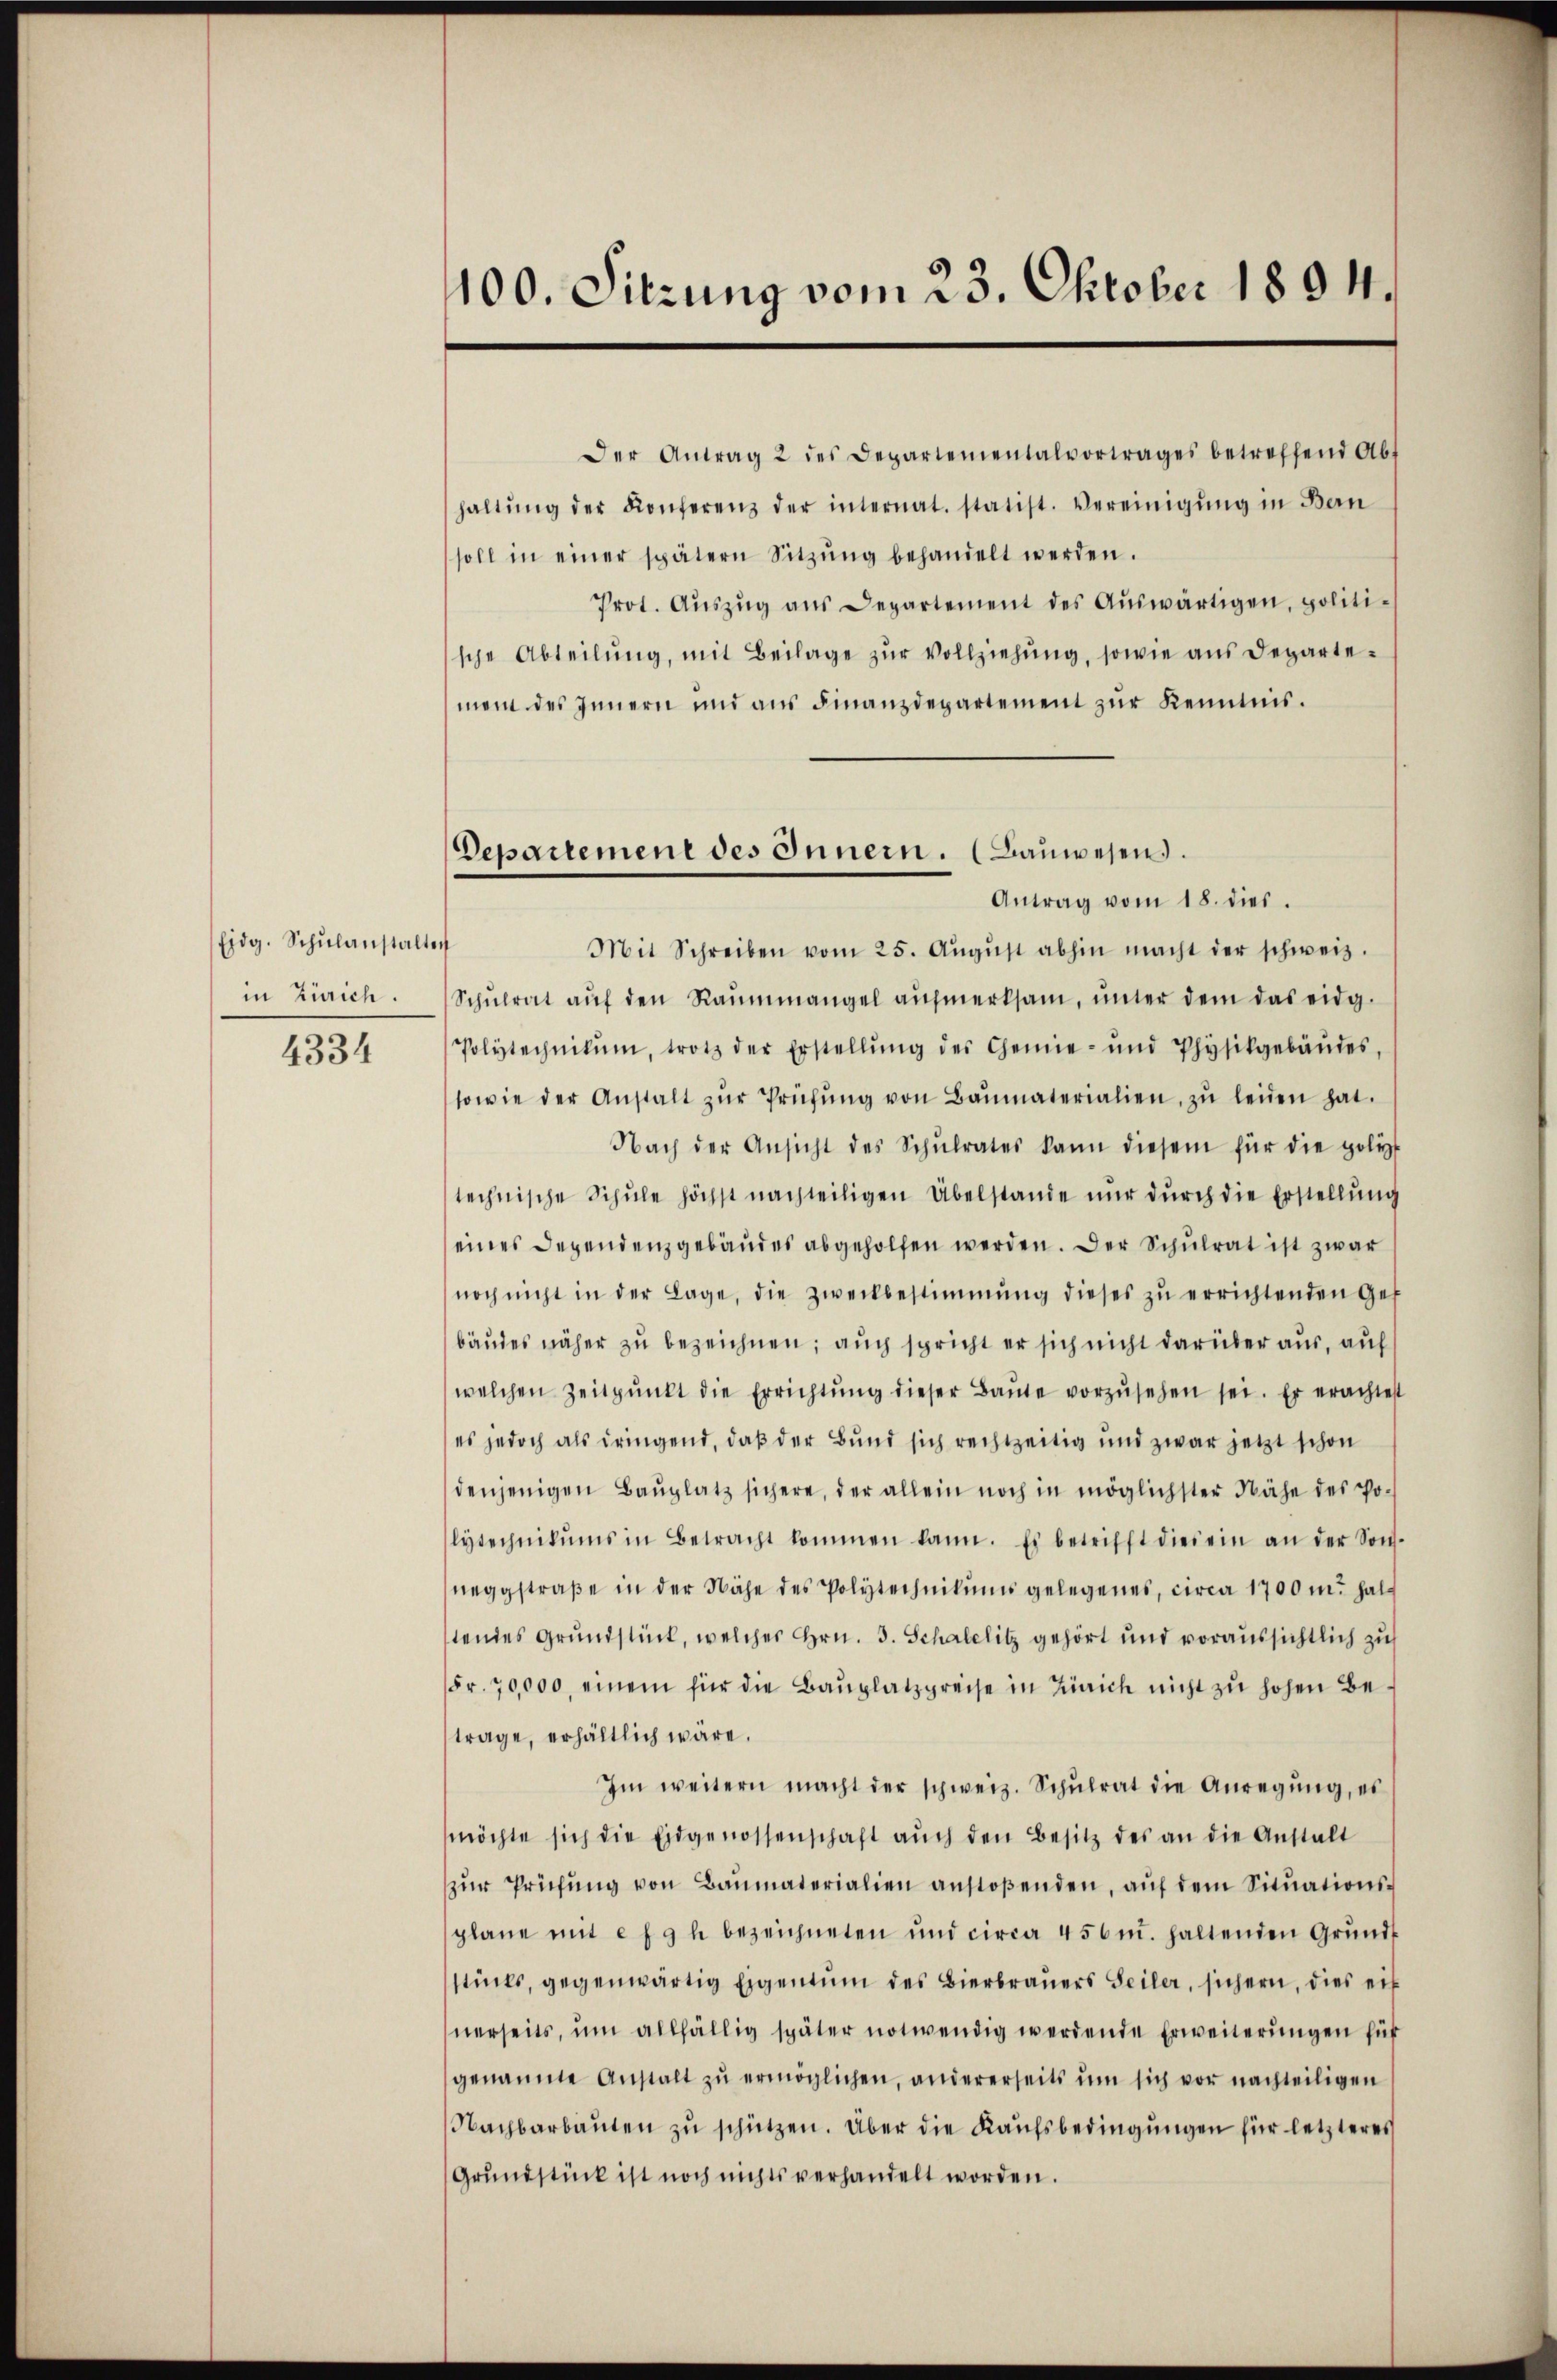
Eidg. Schŭlanstalten
in Zürich.

4334

100. Sitzung vom 23. Oktober 1894.

Departement des Innern. (Bauwesen.
Antrag vom 18. dies.

Der Antrag 2 des Departementalvortrages betreffend Abt
haltŭng der Konferenz der internat. statist. Vereinigŭng in Ban
soll in einer spätern Sitzŭng behandelt werden.
Prot. Aŭszŭg ans Departement des Aŭswärtigen, politische Abteilŭng, mit Beilage zŭr Vollziehŭng, sowie ans Departement des Innern und ans Finanzdepartement zŭr Kenntnis.
f
Mit Schreiben vom 25. Aŭgŭst abhin macht der schweiz.
Schŭlrat aŭf den Raŭmmangel aŭfmerksam, ŭnter dem das eidg.
Polytechnikum, trotz der Erstellŭng des Chemie- und Physikgebäŭdes,
sowie der Anstalt zŭr Prüfŭng von Baŭmaterialien, zŭ leiden hat.
Nach der Ansicht des Schŭlrates kann diesem für die polyt
technische Schule höchst nachteiligen Übelstande nur durch die Erstellung
eines Dependenz gebäudes abgeholfen werden. Der Schulrat ist zwar
noch nicht in der Lage, die Zweckbestimmung dieses zŭ errichtenden Gef
bäudes näher zu bezeichnen; auch spricht er sich nicht darüber aus, auf
welchen Zeitpunkt die Errichtŭng dieser Baŭte vorzŭsehen sei. Er erachtest
es jedoch als dringend, daß der Bund sich rechtzeitig und zwar jetzt schon
denjenigen Baŭplatz sichere, der allein noch in möglichster Nähe des Po-
lytechnikums in Betracht kommen kann. Es betrifft diesem an der Son-
neggstraße in der Nähe des Polytechnikums gelegenes, circa 1700 m. haltendes Grundstück, welches Hrn. 3. Schalelitz gehört und voraussichtlich zu
Fr. 70,000, einem für die Baŭplatzpreise in Zürich nicht zu hohen Betrage, erhältlich wäre.
Im weitern macht der schweiz. Schŭlrat die Anregŭng, es
möchte sich die Eidgenossenschaft aŭch den Besitz des an die Anstalt
zŭr Prüfŭng von Baumaterialien anstoβenden, aŭf dem Sitŭationsplane mit e f 9 h bezeichneten ŭnd circa 456 u. haltenden Grŭnds
stücks, gegenwärtig Eigentum des Bierbraŭers Seiler, sichern, dies ein
nerseits ŭm allfällig später notwendig werdende Erweiterŭngen für
genannte Anstalt zŭ ermöglichen, andererseits ŭm sich vor nachteiligen
Nachbarbaŭten zŭ schützen. Über die Kaŭfsbedingŭngen für letzteres
Grundstück ist noch nichts verhandelt worden.